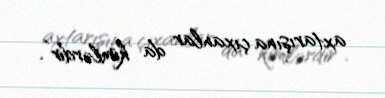
axtarışına çıxanlar da kimlərdir”.